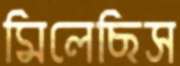
মিলেছিস